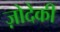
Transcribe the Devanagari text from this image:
ज़ोदेकी